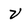
Character: v